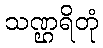
သဏ္ဌရိတုံ